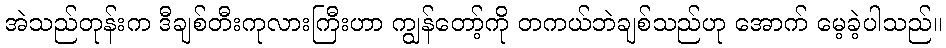
အဲသည်တုန်းက ဒီချစ်တီးကုလားကြီးဟာ ကျွန်တော့်ကို တကယ်ဘဲချစ်သည်ဟု အောက် မေ့ခဲ့ပါသည်။